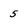
Character: 5